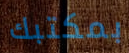
بمكتبك